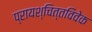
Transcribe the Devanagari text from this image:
प्रायश्चित्तविवेक